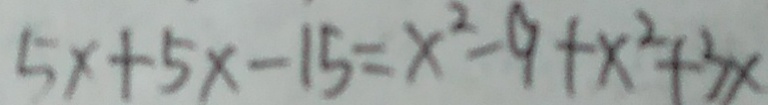
5 x + 5 x - 1 5 = x ^ { 2 } - 9 + x ^ { 2 } + 3 x